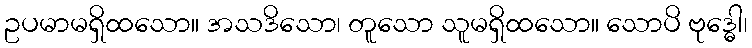
ဥပမာမရှိထသော။ အသဒိသော၊ တူသော သူမရှိထသော။ သောပိ ဗုဒ္ဓေါ၊